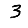
Digit: 3